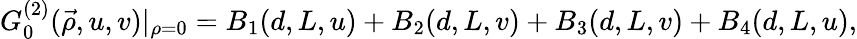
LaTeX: G_{0}^{(2)}(\vec{\rho},u,v)|_{\rho=0}=B_{1}(d,L,u)+B_{2}(d,L,v)+B_{3}(d,L,v)+B_{4}(d,L,u),